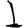
Digit: 1